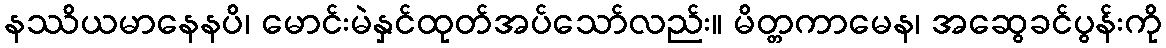
နဿိယမာနေနပိ၊ မောင်းမဲနှင်ထုတ်အပ်သော်လည်း။ မိတ္တကာမေန၊ အဆွေခင်ပွန်းကို